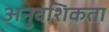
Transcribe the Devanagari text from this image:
अनुवंशिकता